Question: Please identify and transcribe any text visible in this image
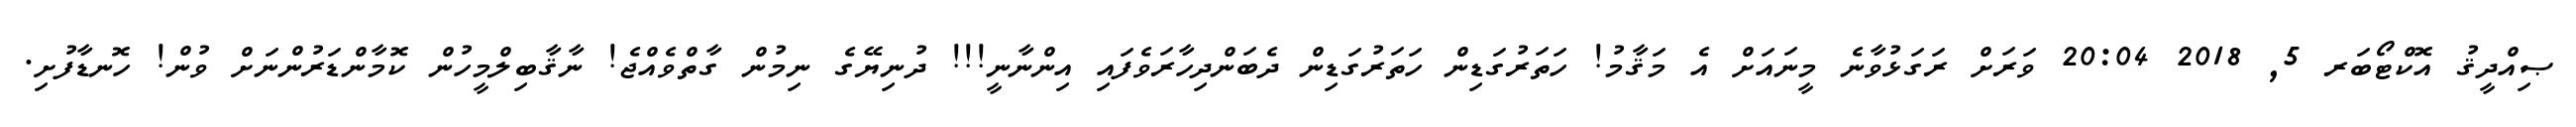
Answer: ޞިއްދީޤު އޮކްޓޯބަރ 5, 2018 20:04 ވަރަށް ރަގަޅުވާނެ މީނައަށް އެ މަޤާމު! ހަތަރުގަޑިން ހަތަރުގަޑިން ދެބަންދިހާރަވެފައި އިންނާނީ!!! ދުނިޔޭގެ ނިމުން ގާތްވެއްޖެ! ނާޤާބިލްމީހުން ކޮމާންޑަރުންނަށް ވުން! ހޮނޑާފުށި.